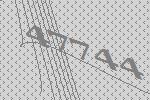
47744